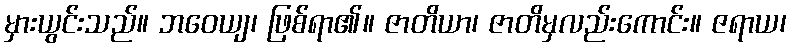
မှားယွင်းသည်။ ဘဝေယျ၊ ဖြစ်ရာ၏။ ဇာတိယာ၊ ဇာတိမှလည်းကောင်း။ ဇရာယ၊